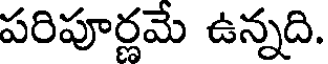
పరిపూర్ణమే ఉన్నది.